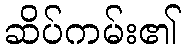
ဆိပ်ကမ်း၏